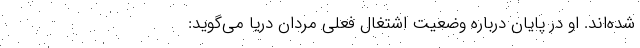
شده‌اند. او در پایان درباره وضعیت اشتغال فعلی مردان دریا می‌گوید: